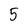
Character: 5